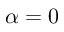
\alpha = 0